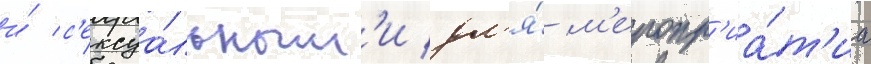
и́ с'ексуа́льным'и дл'я́ м'еропр'иа́т'иа